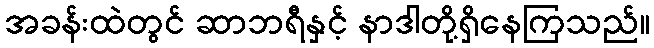
အခန်းထဲတွင် ဆာဘရီနှင့် နာဒါတို့ရှိနေကြသည်။